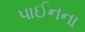
પાઈનના